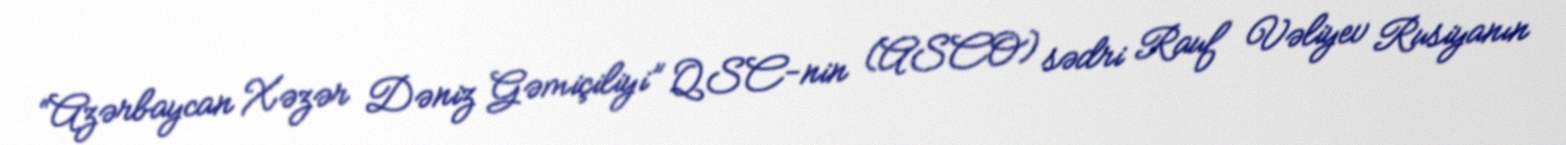
“Azərbaycan Xəzər Dəniz Gəmiçiliyi” QSC-nin (ASCO) sədri Rauf Vəliyev Rusiyanın